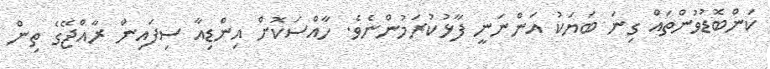
ކަންބޮޑުވުންތައް ގިނަ ބަޔަކު އަންނަނީ ފާޅުކުރަމުންނެވެ. ހާއްސަކޮށް އިންޑިއާ ސިފައިން ރާއްޖޭގެ ތިން